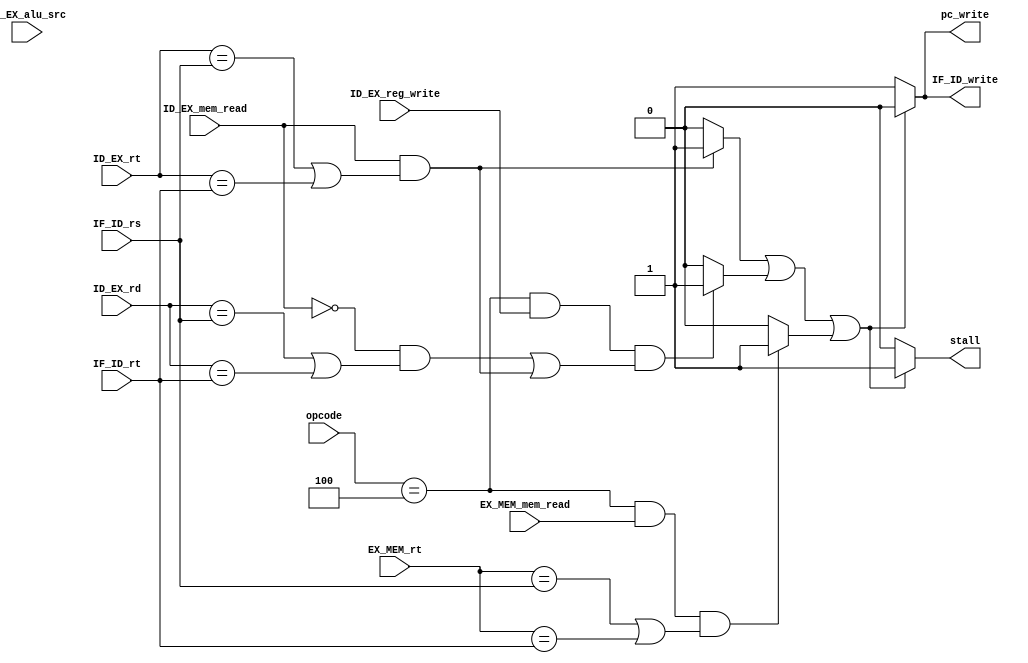
`timescale 1ns / 1ps

module hazard_detection (
    input  [5:0] opcode,
    input        ID_EX_mem_read,
    input        ID_EX_reg_write,
    input        ID_EX_alu_src,
    input        EX_MEM_mem_read,
    input  [4:0] ID_EX_rt,
    input  [4:0] ID_EX_rd,
    input  [4:0] IF_ID_rs,
    input  [4:0] IF_ID_rt,
    input  [4:0] EX_MEM_rt,
    output       pc_write,        // only update PC when this is set
    output       IF_ID_write,     // only update IF/ID stage registers when this is set
    output       stall            // insert a stall (bubble) in ID/EX when this is set
);

    wire normal_stall = (ID_EX_mem_read == 1'b1 && ((ID_EX_rt == IF_ID_rs) || (ID_EX_rt == IF_ID_rt)))? 1 : 0;
    wire beq_stall = (opcode == 6'b000100 && ID_EX_reg_write == 1'b1 && ((ID_EX_mem_read == 1'b0 && ((ID_EX_rd == IF_ID_rs) || (ID_EX_rd == IF_ID_rt))) || (ID_EX_mem_read == 1'b1 && ((ID_EX_rt == IF_ID_rs) || (ID_EX_rt == IF_ID_rt)) )) )? 1 : 0;
    wire beq_lw_stall = (opcode == 6'b000100 && EX_MEM_mem_read == 1'b1 && ((EX_MEM_rt == IF_ID_rs) || (EX_MEM_rt == IF_ID_rt)))? 1 : 0;
    assign pc_write = (normal_stall || beq_stall || beq_lw_stall)? 0 : 1;
    assign IF_ID_write = (normal_stall || beq_stall || beq_lw_stall)? 0 : 1;
    assign stall = (normal_stall || beq_stall || beq_lw_stall)? 1 : 0;

endmodule